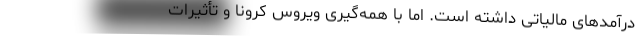
درآمدهای مالیاتی داشته است. اما با همه‌گیری ویروس کرونا و تأثیرات